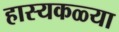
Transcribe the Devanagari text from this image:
हास्यकळ्या